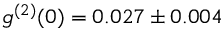
g ^ { ( 2 ) } ( 0 ) = 0 . 0 2 7 \pm 0 . 0 0 4